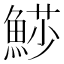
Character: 𩸌